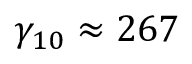
\gamma _ { 1 0 } \approx 2 6 7